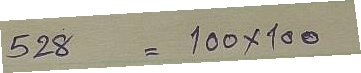
528 = 100 x 100